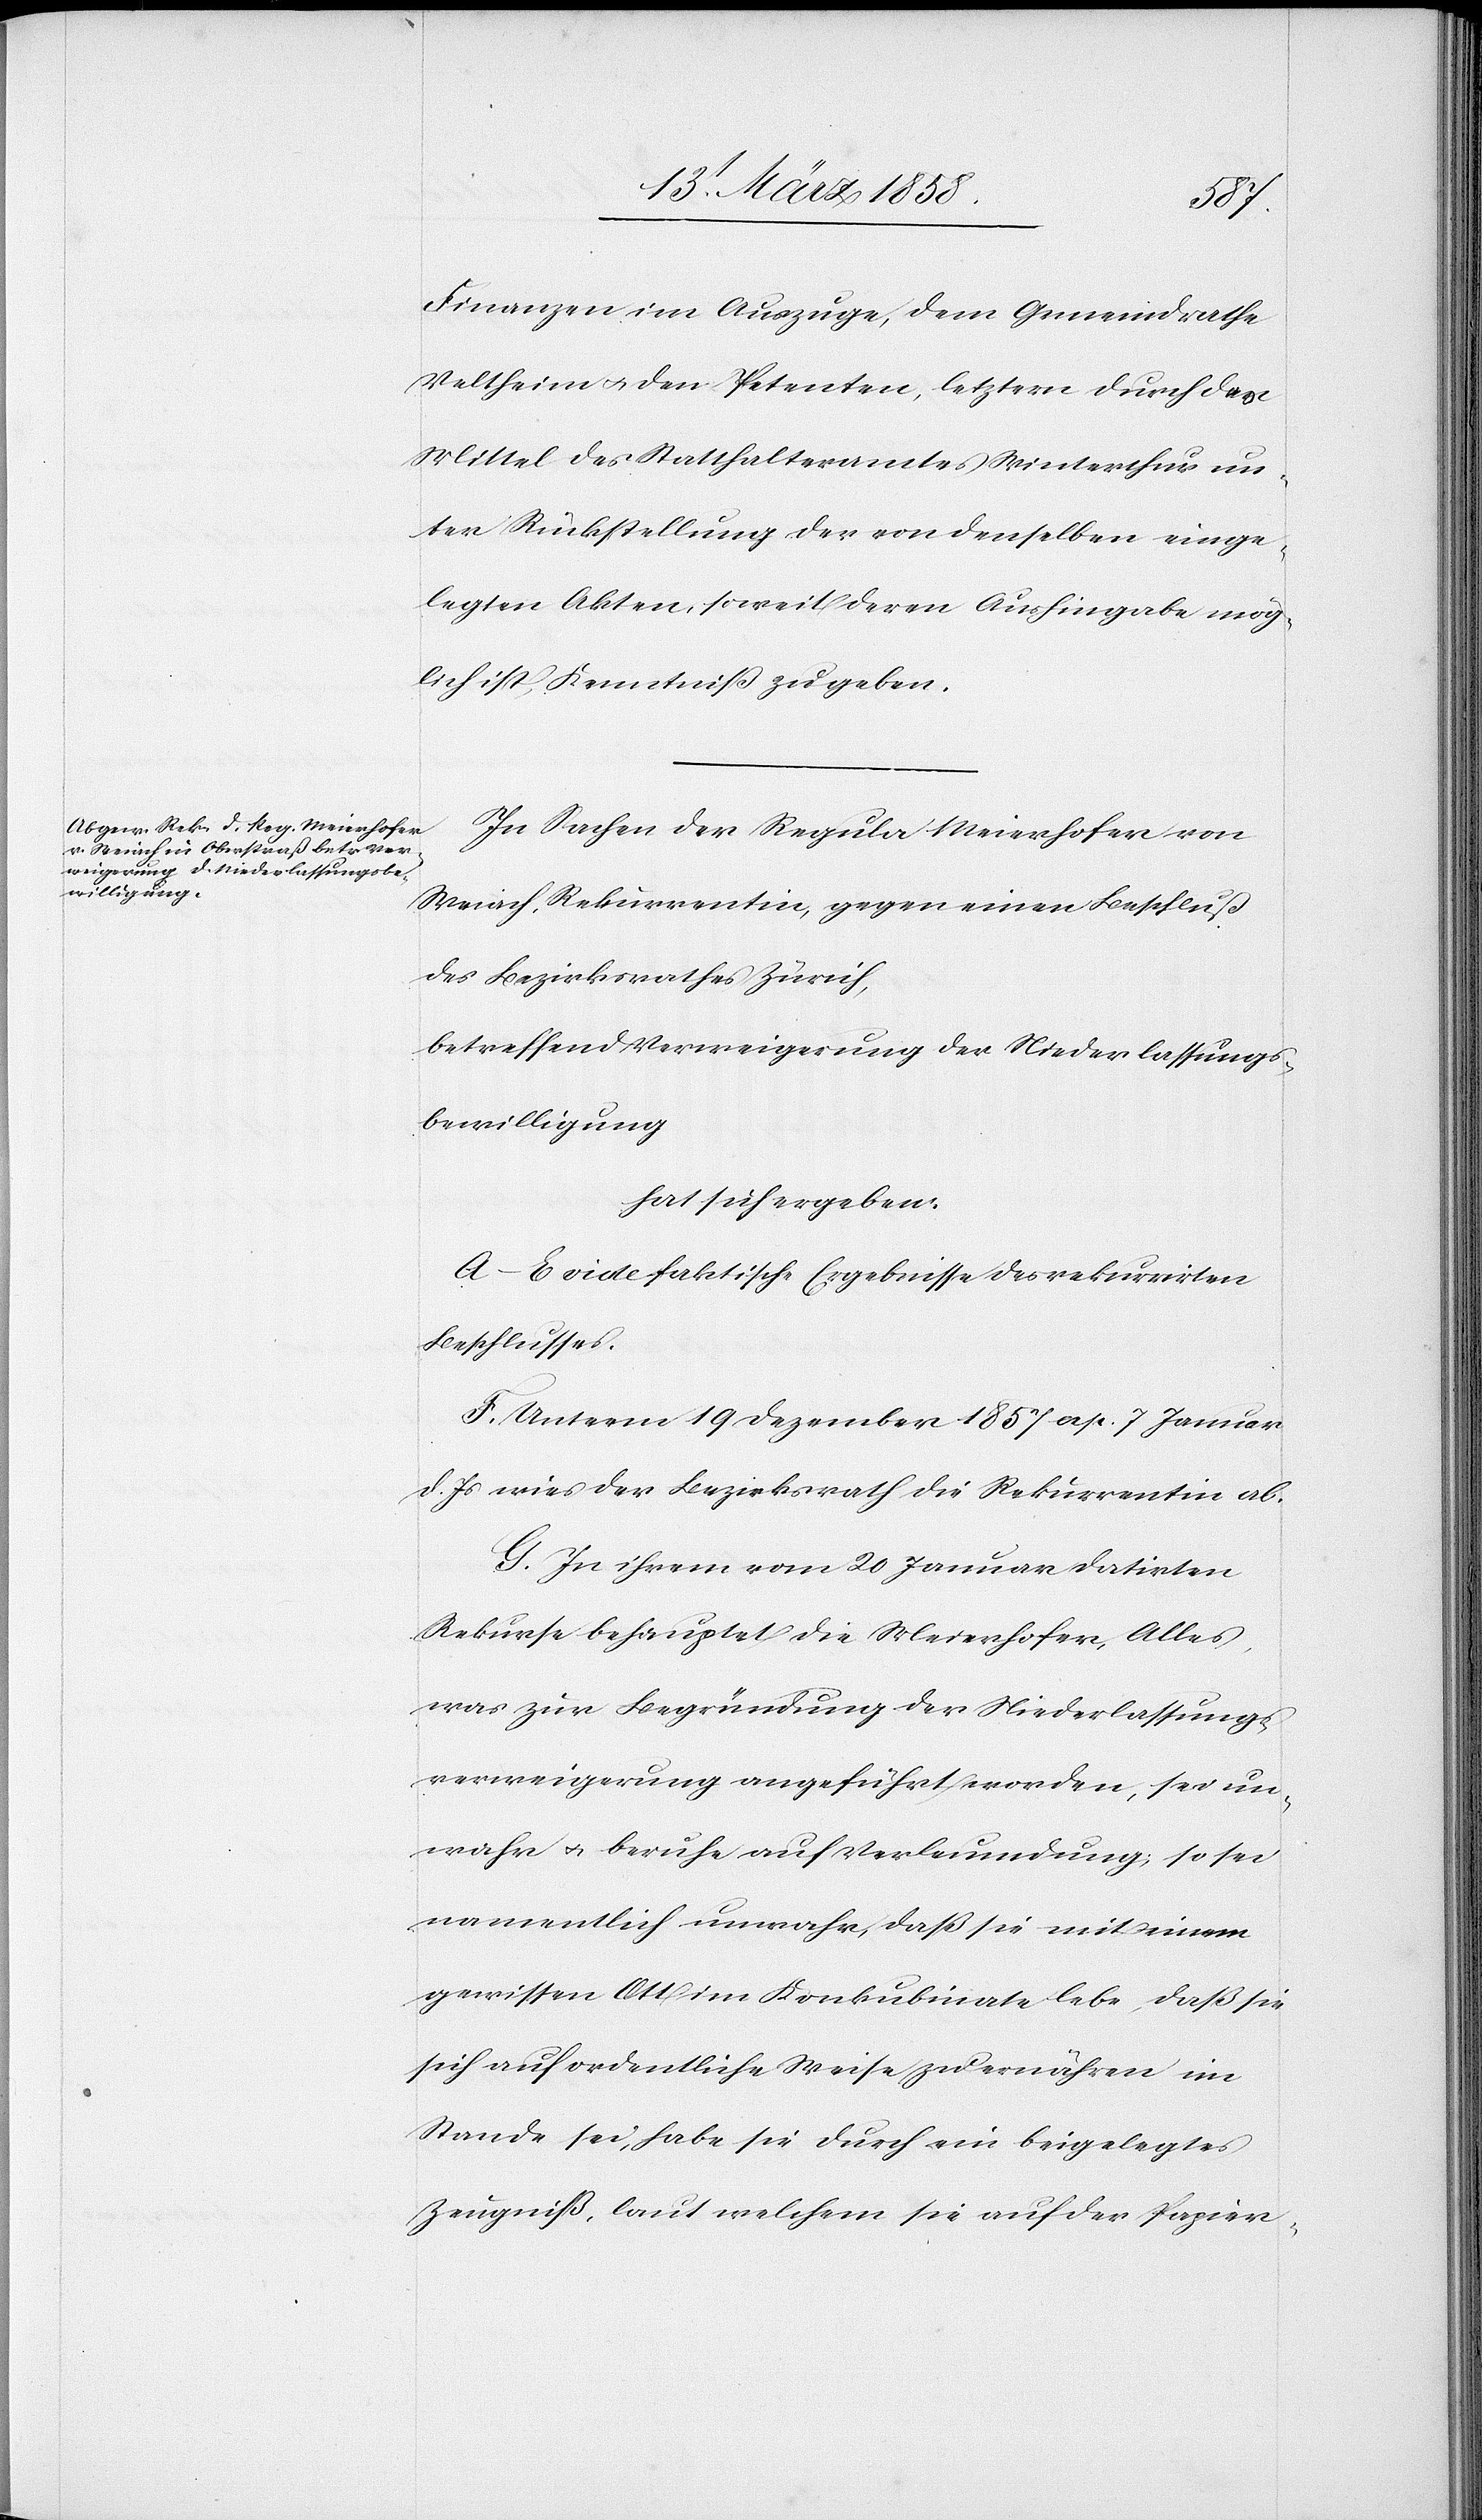
Finanzen im Auszuge, dem Gemeindrathe
Veltheim u. den Petenten, letzteren durch das
Mittel des Statthalteramtes Winterthur un¬
ter Rückstellung der von denselben einge¬
legten Akten, soweit deren Aushingabe mög¬
lich ist, Kenntniß zu geben.
In Sachen der Regula Meierhofer von
Weiach, Rekurrentin, gegen einen Beschluß
des Bezirksrathes Zürich,
betreffend Verweigerung der Niederlassungs¬
bewilligung
hat sich ergeben:
A–E vide faktische Ergebnisse des rekurrirten
Beschlusses.
F. Unterm 19. Dezember 1857 ap. 7. Januar
d. Js. wies der Bezirksrath die Rekurrentin ab.
G. In ihrem vom 20. Januar datirten
Rekurse behauptet die Meierhofer, Alles,
was zur Begründung der Niederlassungs¬
verweigerung angeführt worden, sei un¬
wahr u. beruhe auf Verleumdung; so sei
namentlich unwahr, daß sie mit einem
gewissen Ott im Konkubinate lebe, daß sie
sich auf ordentliche Weise zu ernähren im
Stande sei, habe sie durch ein beigelegtes
Zeugniß, laut welchem sie auf der Papier-